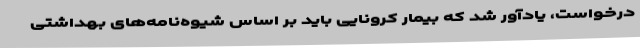
درخواست، یادآور شد که بیمار کرونایی باید بر اساس شیوه‌نامه‌های بهداشتی